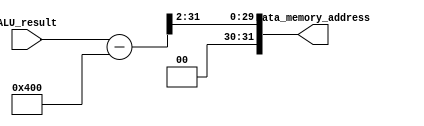
module Address_Mapping
	(
		input [31:0] ALU_result,
		output [31:0] Data_memory_address
	);

	assign Data_memory_address = (ALU_result - 32'd1024)>>2;

endmodule